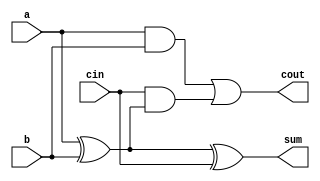
`timescale 1ns / 1ps
//////////////////////////////////////////////////////////////////////////////////
// Group: 33 
// Engineers : Nikhil - 15116036 , Samarth Naik - 15116047
// 
// Design Name: 
// Module Name:    addition 
// Project Name: 
// Target Devices: 
// Tool versions: 
// Description: 
//
// Dependencies: 
//
// Revision: 
// Revision 0.01 - File Created
// Additional Comments: 
//
//////////////////////////////////////////////////////////////////////////////////
module fulladd(
  input a,b,cin,
  output cout,sum  );
  
  assign sum = a^b^cin ;
  assign cout = (a&b)|(cin&(a^b)) ;

endmodule